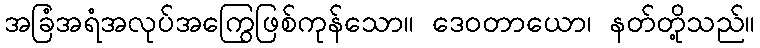
အခြံအရံအလုပ်အကြွေဖြစ်ကုန်သော။ ဒေဝတာယော၊ နတ်တို့သည်။